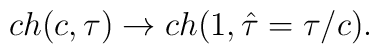
ch(c,\tau) \rightarrow  ch(1,\hat\tau=\tau/c).